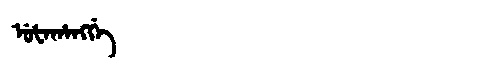
Manchu: ᡠᡶᠠᡥᠠᠩᡤᡝ
Romanization: UFAHANGGE